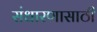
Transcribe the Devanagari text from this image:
संधारणासाठी